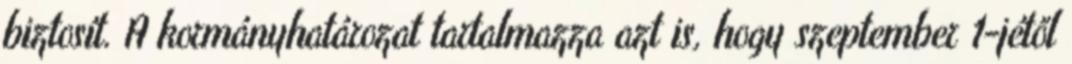
biztosít. A kormányhatározat tartalmazza azt is, hogy szeptember 1-jétől